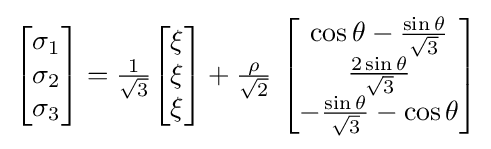
{\begin{bmatrix}\sigma _{1}\\\sigma _{2}\\\sigma _{3}\end{bmatrix}}={\tfrac {1}{\sqrt {3}}}{\begin{bmatrix}\xi \\\xi \\\xi \end{bmatrix}}+{\tfrac {\rho }{\sqrt {2}}}~{\begin{bmatrix}\cos \theta -{\tfrac {\sin \theta }{\sqrt {3}}}\\{\tfrac {2\sin \theta }{\sqrt {3}}}\\-{\tfrac {\sin \theta }{\sqrt {3}}}-\cos \theta \end{bmatrix}}